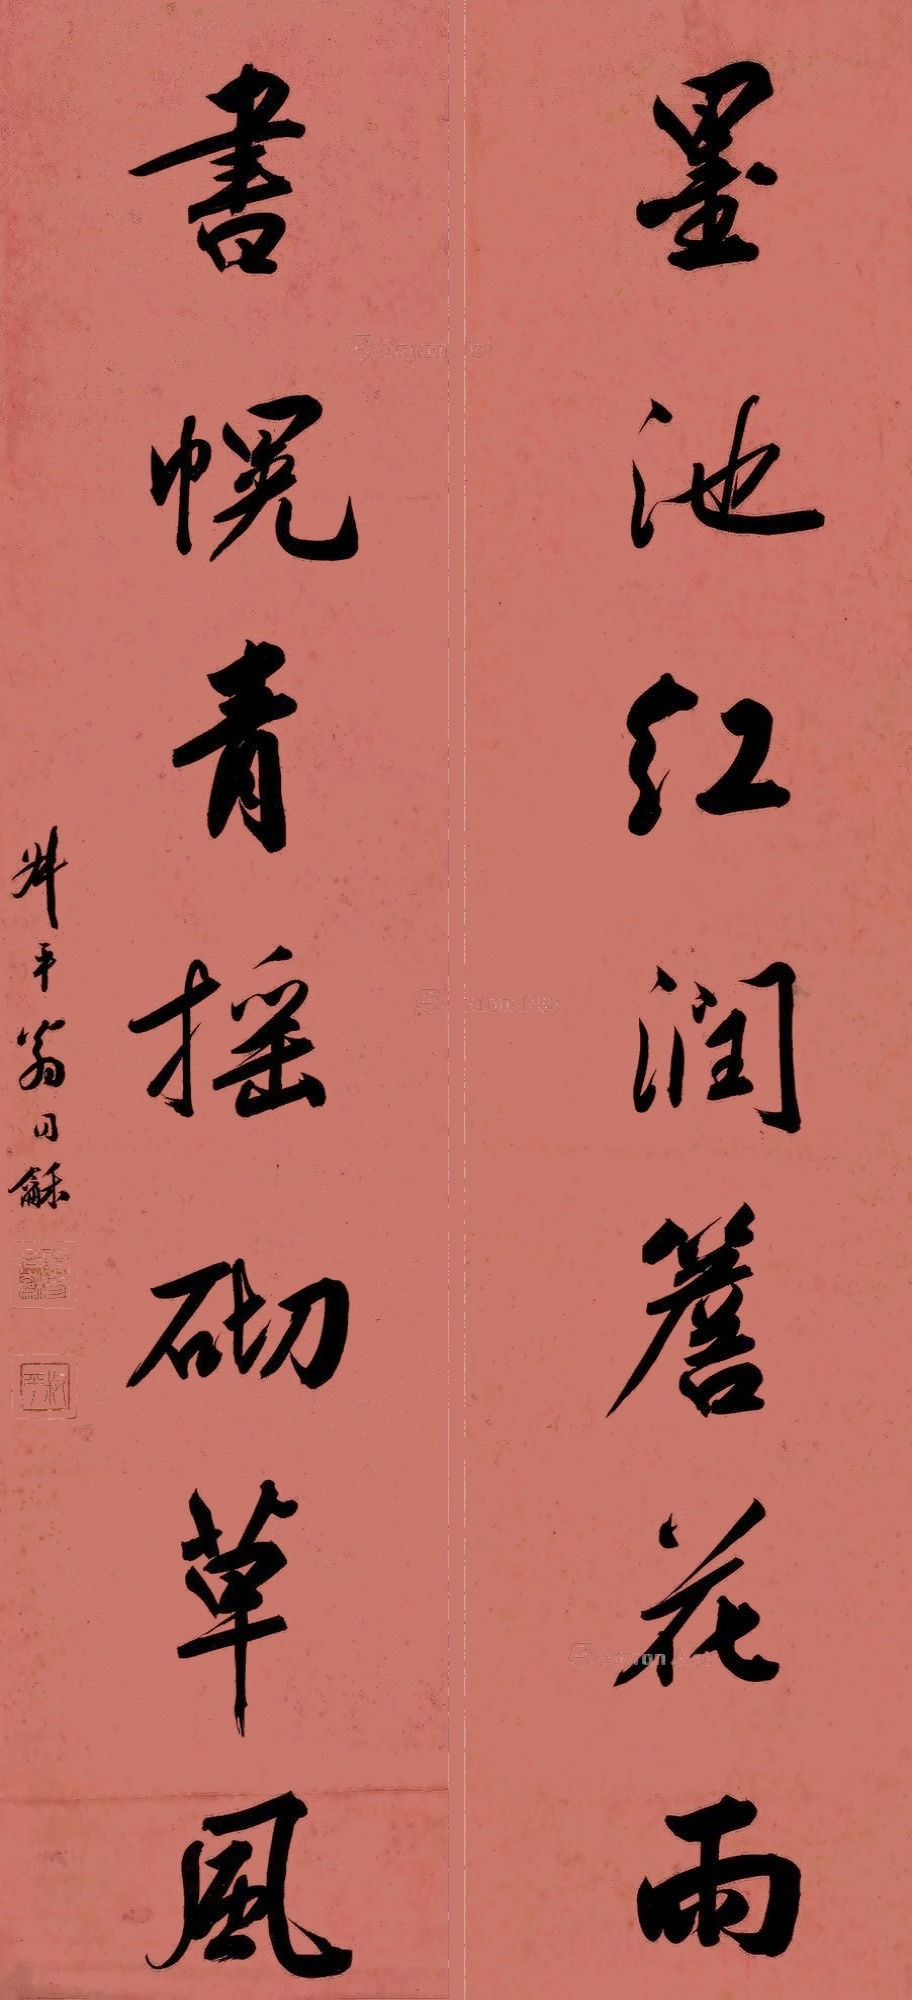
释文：墨池红润檐花雨，书幌青摇砌草风。叔平翁同龢。